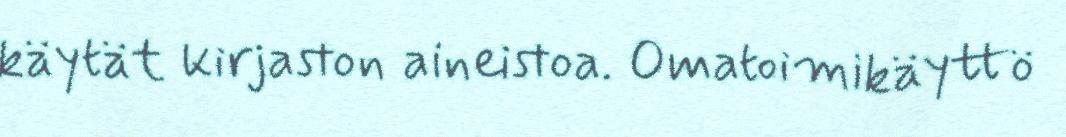
käytät kirjaston aineistoa. Omatoimikäyttö